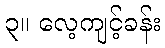
၃။ လေ့ကျင့်ခန်း